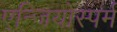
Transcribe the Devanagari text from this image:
एन्जियोस्पर्म